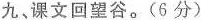
九、课文回望谷。(6分)